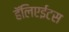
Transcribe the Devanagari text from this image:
हॅलिएईटस